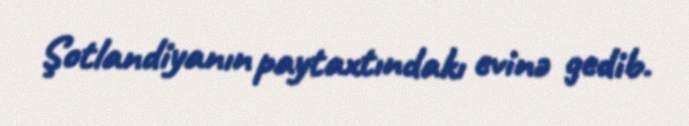
Şotlandiyanın paytaxtındakı evinə gedib.